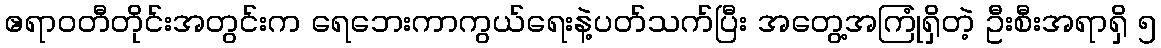
ဧရာဝတီတိုင်းအတွင်းက ရေဘေးကာကွယ်ရေးနဲ့ပတ်သက်ပြီး အတွေ့အကြုံရှိတဲ့ ဦးစီးအရာရှိ ၅